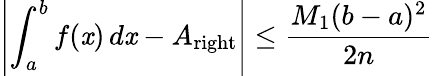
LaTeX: \left\vert\int_{a}^{b}f(\mathit{x})\, d\mathit{x}-A_{\mathrm{{right}}}\right\vert\leq{\frac{{M_{1}(b-a)^{2}}}{{2n}}}